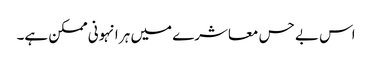
اس بے حس معاشرے میں ہر انہونی ممکن ہے۔